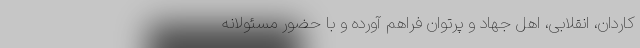
کاردان، انقلابی، اهل جهاد و پرتوان فراهم آورده و با حضور مسئولانه